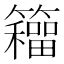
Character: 𮆹